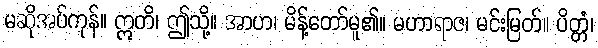
မဆိုအပ်ကုန်။ ဣတိ၊ ဤသို့။ အာဟ၊ မိန့်တော်မူ၏။ မဟာရာဇ၊ မင်းမြတ်။ ပိတ္တံ၊